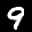
Label: 9